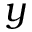
y